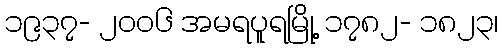
၁၉၃၇- ၂၀၀၆ အမရပူရမြို့ ၁၇၈၂- ၁၈၂၃၊